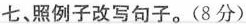
七、照例子改写句子。(8分)